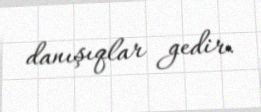
danışıqlar gedir.